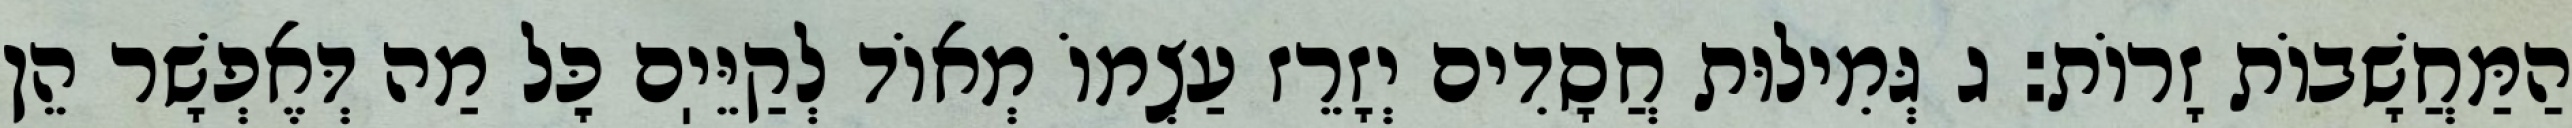
הַמַּחֲשָׁבוֹת זָרוֹת: ג גְּמִילוּת חֲסָדִים יְזָרֵז עַצְמוֹ מְאוֹד לְקַיֵּיֽם כׇּל מַה דְּאֶפְשָׁר הֵן